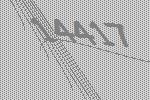
14417